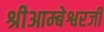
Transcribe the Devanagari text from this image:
श्रीआम्बेश्वरजी